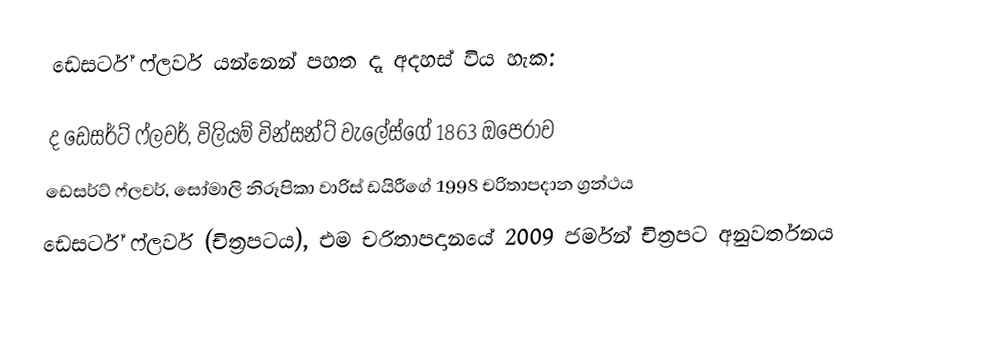
ඩෙසර්ට් ෆ්ලවර් යන්නෙන් පහත දෑ අදහස් විය හැක:

 ද ඩෙසර්ට් ෆ්ලවර්, විලියම් වින්සන්ට් වැලේස්ගේ 1863 ඔපෙරාව
 ඩෙසර්ට් ෆ්ලවර්, සෝමාලි නිරූපිකා වාරිස් ඩයිරීගේ 1998 චරිතාපදාන ග්‍රන්ථය
 ඩෙසර්ට් ෆ්ලවර් (චිත්‍රපටය), එම චරිතාපදානයේ 2009 ජර්මන් චිත්‍රපට අනුවර්තනය